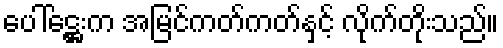
ပေါ်ဋ္ဌေးက အမြင်ကတ်ကတ်နှင့် လိုက်တိုးသည်။